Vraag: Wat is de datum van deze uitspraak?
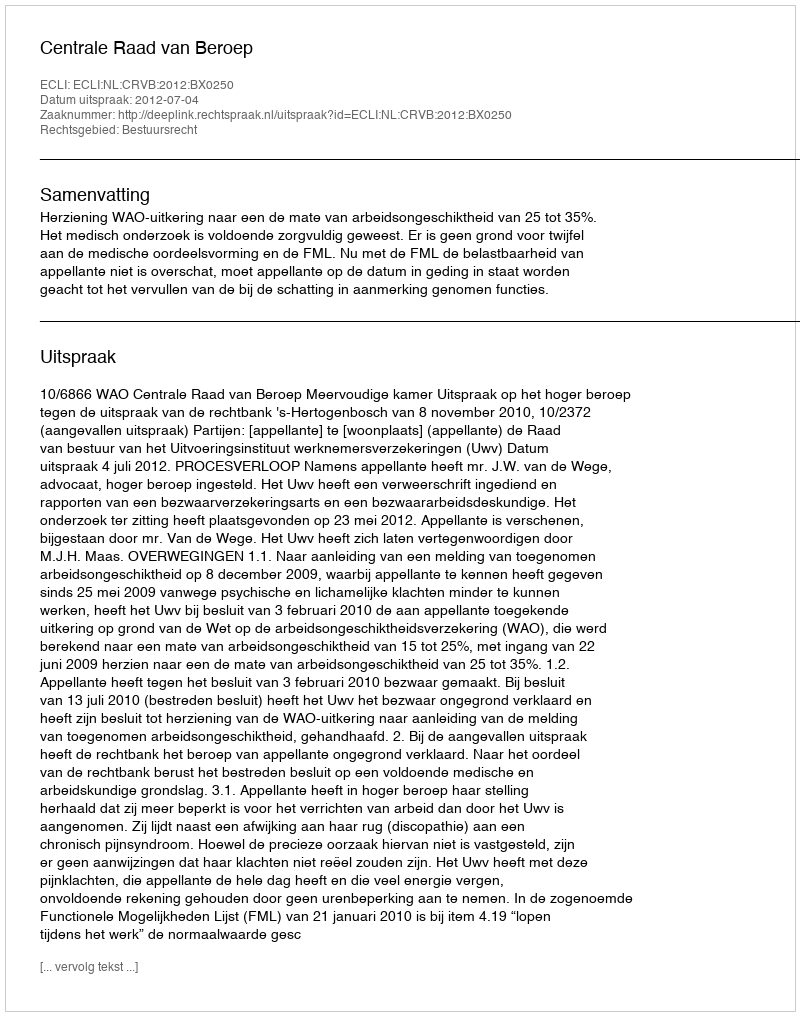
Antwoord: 2012-07-04